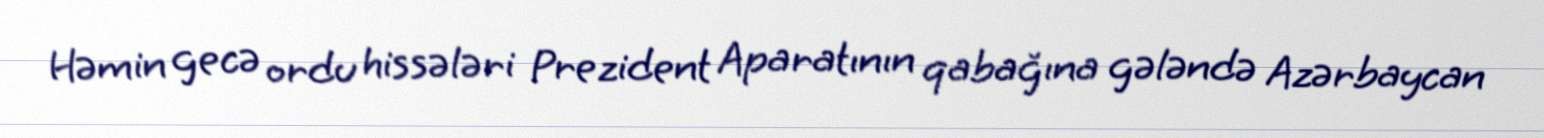
Həmin gecə ordu hissələri Prezident Aparatının qabağına gələndə Azərbaycan